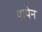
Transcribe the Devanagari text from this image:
पापेन